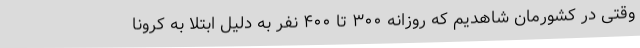
وقتی در کشورمان شاهدیم که روزانه ۳۰۰ تا ۴۰۰ نفر به دلیل ابتلا به کرونا